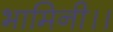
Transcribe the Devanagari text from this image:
भामिनी।।